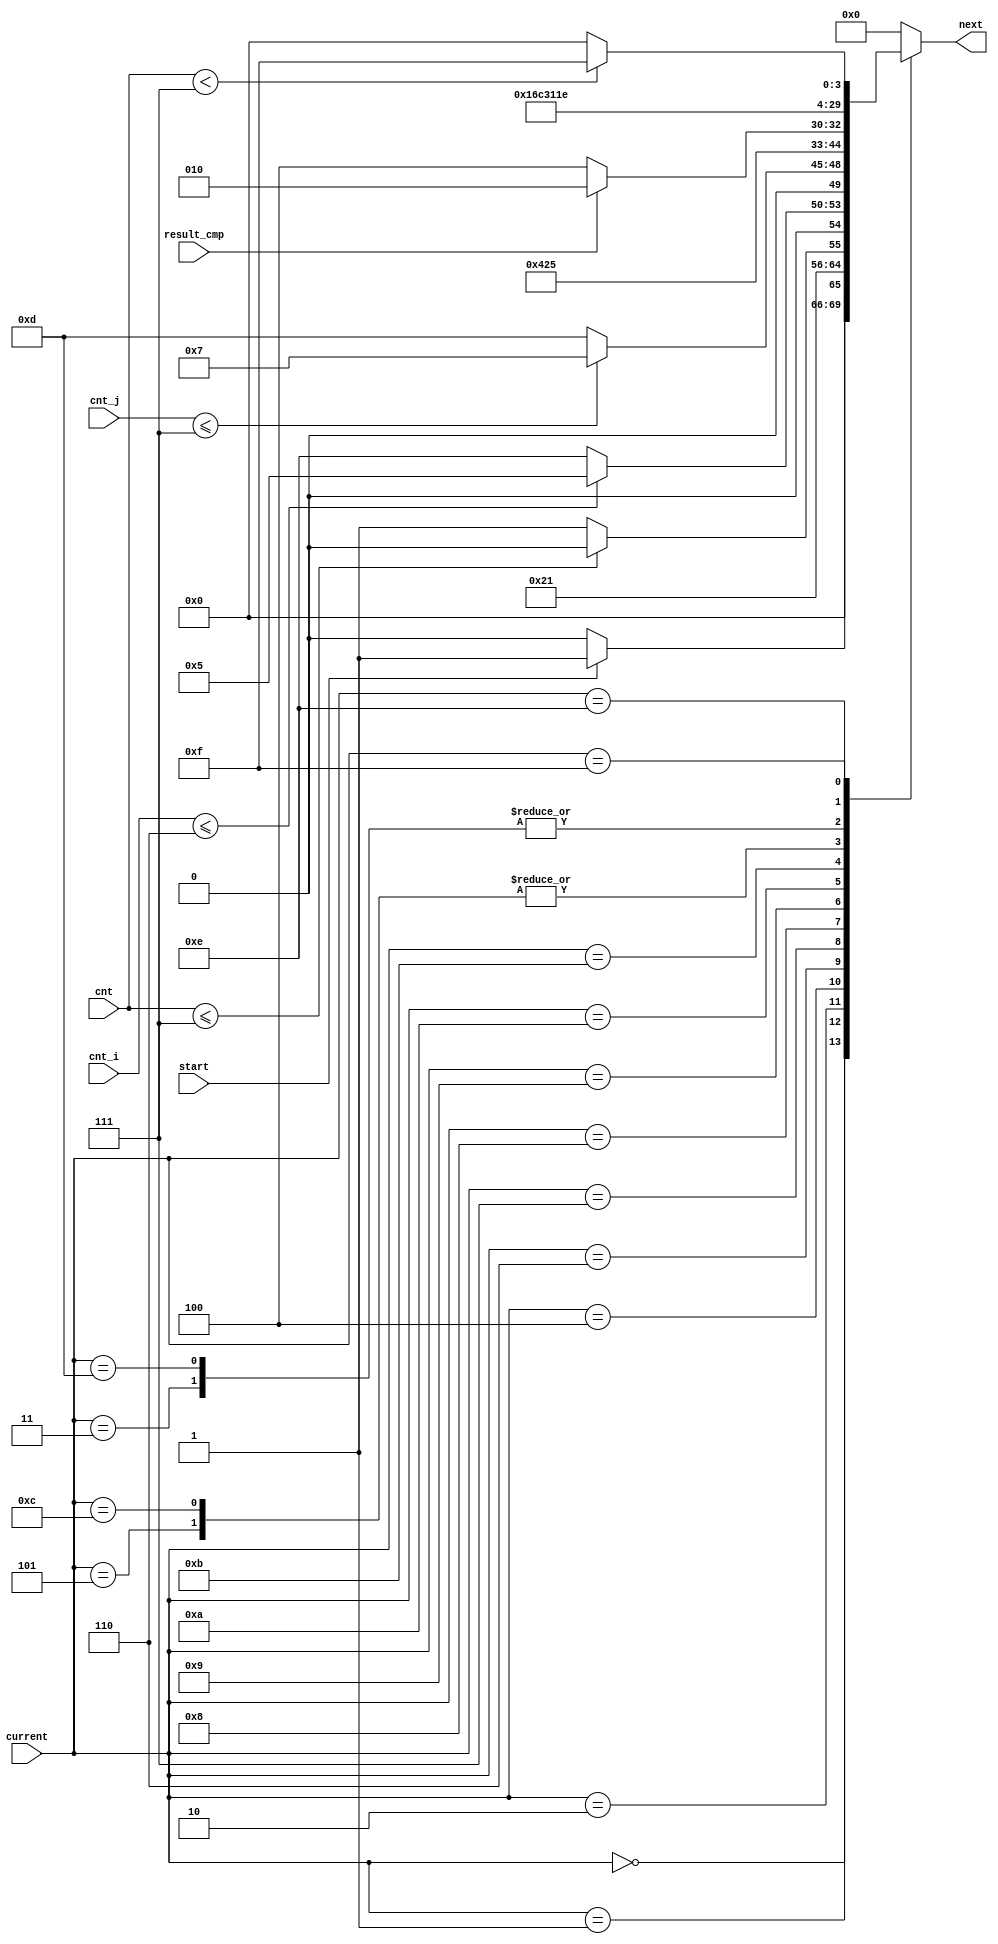
module next_state #(parameter size = 8)(start,current,cnt,cnt_i,cnt_j,result_cmp,next);
localparam size_addr = $clog2(size); 
input [size_addr:0] cnt,cnt_i,cnt_j;
input wire result_cmp;
input wire start;
input wire [4:0] current;
output reg [4:0]next;
always @(*)begin
    case(current)
        5'd0: begin
            if(start) next <= 5'd1;
            else next <= 5'd0;
        end
        5'd1:  next <= 5'd2; // load cnt = 0 
        
        5'd2: begin // cnt = cnt +1
            if(cnt <= size-1) next <= 5'd2;
            else next <= 5'd3;
        end
        5'd3: begin // load cnt_i
            next <= 5'd4;
        end
        5'd4: // check cnt_i <= size -2; 
            begin
                if (cnt_i <= size -2) next <= 5'd5;
                else next <= 5'd14; /////////////////////////read
            end
        5'd5: next <= 5'd6; // load cnt_j; //
        5'd6: // check cnt_j < size -1
            begin
                if(cnt_j <= size - 1) next <= 5'd7 ;
                else next <= 5'd13;
            end
        
        5'd7: begin // reg a = mem[cnt_i]
            next <= 5'd8;
        end
       5'd8: begin // regb = mem[cnt_j]
            next <= 5'd9;
        end
        5'd9: begin // check rega > regb then swap whereas conduct j++
            if(result_cmp == 1) next <= 5'd10;
            else next <= 5'd12;
        end
        5'd10: // swap rega_regb conduct two cycle
            next <= 5'd11;
        5'd11: next <= 5'd12; // swwap
        5'd12: // cnt_j ++
            next <= 5'd6;
        5'd13: // cnt_i ++;
            next <= 5'd4;
        5'd14: // read rdata from cnt = 0 to cnt = size -1; // load cnt = 0;
            next <= 5'd15;
        5'd15: //read cnt = cnt + 1 re =1
            begin
                if(cnt < size -1) next <= 5'd15;
                else next <= 5'd0;
            end
        default: next <= 5'd0;
    endcase
    
end
endmodule
module current_state(clk,rstn,next,current);
    input clk,rstn;
    input [4:0]next;
    output reg [4:0]current;
    always @(posedge clk or negedge rstn)begin
        if(!rstn) current <= 0;
        else current <= next;
    end
endmodule

module  out(current,load_cnt,load_cnti,load_cntj,ena_cnt,ena_cnti,ena_cntj,en_rega,en_regb,we,re,s0,s1,s2,s3,done);
    input [4:0]current;
    output reg load_cnt,load_cnti,load_cntj;
    output reg ena_cnt,ena_cnti,ena_cntj;
    output reg en_rega, en_regb;
    output reg we,re;
    output reg s0,s1,s2,s3;
    output reg done;
    always @(*)begin
        case(current)
            5'd0: begin 
                load_cnt <= 0;
                load_cnti <= 0;
                load_cntj <= 0;
                ena_cnt <= 0;
                ena_cnti <= 0;
                ena_cntj <= 0;
                en_rega <= 0;
                en_regb <= 0;
                we <= 0;
                re <= 0;
                s0 <= 0;
                s1 <= 0;
                s2 <= 0;
                s3 <= 0;
                done <= 0;
            end
            5'd1: begin // load cnt = 0
                load_cnt <= 1;
                load_cnti <= 0;
                load_cntj <= 0;
                ena_cnt <= 1;
                ena_cnti <= 0;
                ena_cntj <= 0;
                en_rega <= 0;
                en_regb <= 0;
                we <= 0;
                re <= 0;
                s0 <= 0;
                s1 <= 0;
                s2 <= 0;
                s3 <= 0;
                done <= 0;
            end
            5'd2: begin // cnt =cnt +1 and we = 1 // select mux 2 => s1= 0
                load_cnt <= 0;
                load_cnti <= 0;
                load_cntj <= 0;
                ena_cnt <= 1;
                ena_cnti <= 0;
                ena_cntj <= 0;
                en_rega <= 0;
                en_regb <= 0;
                we <= 1;
                re <= 0;
                s0 <= 0;
                s1 <= 0;
                s2 <= 0;
                s3 <= 0;
                done <= 0;
            end
            5'd3: begin // load cnt_i = 0
                load_cnt <= 0;
                load_cnti <= 1;
                load_cntj <= 0;
                ena_cnt <= 0;
                ena_cnti <= 1;
                ena_cntj <= 0;
                en_rega <= 0;
                en_regb <= 0;
                we <= 0;
                re <= 0;
                s0 <= 0;
                s1 <= 0;
                s2 <= 0;
                s3 <= 0;
                done <= 0;
            end
            5'd4: begin // check cnt <= size-2 // mean wait controll check cnt and datapath no conduct
                load_cnt <= 0;
                load_cnti <= 0;
                load_cntj <= 0;
                ena_cnt <= 0;
                ena_cnti <= 0;
                ena_cntj <= 0;
                en_rega <= 0;
                en_regb <= 0;
                we <= 0;
                re <= 0;
                s0 <= 0;
                s1 <= 0;
                s2 <= 0;
                s3 <= 0;
                done <= 0;

            end
            5'd5: begin // load cnt_j; // 
                load_cnt <= 0;
                load_cnti <= 0;
                load_cntj <= 1;
                ena_cnt <= 0;
                ena_cnti <= 0;
                ena_cntj <= 1;
                en_rega <= 0;
                en_regb <= 0;
                we <= 0;
                re <= 0;
                s0 <= 0;
                s1 <= 0;
                s2 <= 0;
                s3 <= 0;
                done <= 0;

            end
            5'd6: begin // no process
                load_cnt <= 0;
                load_cnti <= 0;
                load_cntj <= 0;
                ena_cnt <= 0;
                ena_cnti <= 0;
                ena_cntj <= 0;
                en_rega <= 0;
                en_regb <= 0;
                we <= 0;
                re <= 0;
                s0 <= 0;
                s1 <= 0;
                s2 <= 0;
                s3 <= 0;
                done <= 0;
            end
            5'd7: begin // rega = mem[cnt_i]
                load_cnt <= 0;
                load_cnti <= 0;
                load_cntj <= 0;
                ena_cnt <= 0;
                ena_cnti <= 0;
                ena_cntj <= 0;
                en_rega <= 1;
                en_regb <= 0;
                we <= 0;
                re <= 1;
                s0 <= 0;
                s1 <= 1;
                s2 <= 0;
                s3 <= 0;
                done <= 0;
            end
            5'd8: begin // regb = mem[cntj]
                load_cnt <= 0;
                load_cnti <= 0;
                load_cntj <= 0;
                ena_cnt <= 0;
                ena_cnti <= 0;
                ena_cntj <= 0;
                en_rega <= 0;
                en_regb <= 1;
                we <= 0;
                re <= 1;
                s0 <= 1;
                s1 <= 1;
                s2 <= 0;
                s3 <= 0;
                done <= 0;
            end
            5'd9: begin // no process 
                load_cnt <= 0;
                load_cnti <= 0;
                load_cntj <= 0;
                ena_cnt <= 0;
                ena_cnti <= 0;
                ena_cntj <= 0;
                en_rega <= 0;
                en_regb <= 0;
                we <= 0;
                re <= 0;
                s0 <= 0;
                s1 <= 0;
                s2 <= 0;
                s3 <= 0;
                done <= 0;
            end
            5'd10: begin // swap rega_regb conduct two cycle
                load_cnt <= 0;
                load_cnti <= 0;
                load_cntj <= 0;
                ena_cnt <= 0;
                ena_cnti <= 0;
                ena_cntj <= 0;
                en_rega <= 0;
                en_regb <= 0;
                we <= 1;
                re <= 0;
                s0 <= 1;
                s1 <= 1;
                s2 <= 0;
                s3 <= 1;
                done <= 0;
            end
           5'd11: begin // swaap
                load_cnt <= 0;
                load_cnti <= 0;
                load_cntj <= 0;
                ena_cnt <= 0;
                ena_cnti <= 0;
                ena_cntj <= 0;
                en_rega <= 0;
                en_regb <= 0;
                we <= 1;
                re <= 0;
                s0 <= 0;
                s1 <= 1;
                s2 <= 1;
                s3 <= 1;
                done <= 0;
           end
           5'd12: begin // cnt_j ++
                load_cnt <= 0;
                load_cnti <= 0;
                load_cntj <= 0;
                ena_cnt <= 0;
                ena_cnti <= 0;
                ena_cntj <= 1;
                en_rega <= 0;
                en_regb <= 0;
                we <= 0;
                re <= 0;
                s0 <= 0;
                s1 <= 0;
                s2 <= 0;
                s3 <= 0;
                done <= 0;
           end
           5'd13: begin
                load_cnt <= 0;
                load_cnti <= 0;
                load_cntj <= 0;
                ena_cnt <= 0;
                ena_cnti <= 1;
                ena_cntj <= 0;
                en_rega <= 0;
                en_regb <= 0;
                we <= 0;
                re <= 0;
                s0 <= 0;
                s1 <= 0;
                s2 <= 0;
                s3 <= 0;
                done <= 0;
           end
        5'd14:  begin // load cnt = 0
                load_cnt <= 1;
                load_cnti <= 0;
                load_cntj <= 0;
                ena_cnt <= 1;
                ena_cnti <= 0;
                ena_cntj <= 0;
                en_rega <= 0;
                en_regb <= 0;
                we <= 0;
                re <= 0;
                s0 <= 0;
                s1 <= 0;
                s2 <= 0;
                s3 <= 0;
                done <= 0;
        end
        5'd15: begin
            load_cnt <= 0;
            load_cnti <= 0;
            load_cntj <= 0;
            ena_cnt <= 1;
            ena_cnti <= 0;
            ena_cntj <= 0;
            en_rega <= 0;
            en_regb <= 0;
            we <= 0;
            re <= 1;
            s0 <= 0;
            s1 <= 0;
            s2 <= 0;
            s3 <= 0;
            done <= 1;

        end
        endcase

    end

    endmodule

module controller #(
    parameter size = 8
) (
    clk,rstn,start,cnt,cnt_i,cnt_j,result_cmp,
    load_cnt,load_cnti,load_cntj,
    ena_cnt,ena_cnti,ena_cntj,
  
    en_rega, en_regb,           
    we,re,            
    s0,s1,s2,s3,done                 
);
    localparam size_addr = $clog2(size); 
    input [size_addr:0] cnt,cnt_i,cnt_j;
    input result_cmp;
    input clk,rstn;
    input start;
    output wire done;
    output wire  load_cnt,load_cnti,load_cntj;
    output wire  ena_cnt,ena_cnti,ena_cntj;
    output wire  en_rega, en_regb;               
    output wire  we,re;                          
    output wire  s0,s1,s2,s3;                            

    wire [4:0] current,next;
    next_state #( .size(8) ) inst_next(start,current,cnt,cnt_i,cnt_j,result_cmp,next);
    current_state inst_current(clk,rstn,next,current);
    out inst_out(current,load_cnt,load_cnti,load_cntj,ena_cnt,ena_cnti,
                ena_cntj,en_rega,en_regb,we,re,s0,s1,s2,s3,done);

    
endmodule